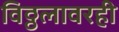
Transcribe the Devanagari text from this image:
विठ्ठलावरही